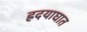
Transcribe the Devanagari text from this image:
ह्रदयाघात